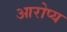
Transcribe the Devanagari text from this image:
आरोप्य